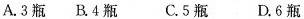
A.3瓶 B.4瓶 C.5瓶 D.6瓶